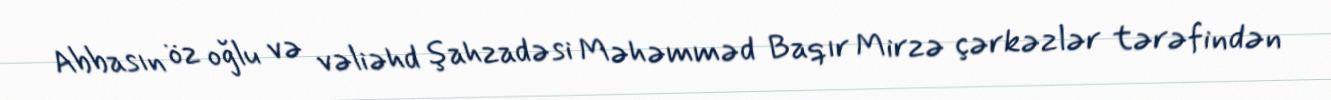
Abbasın öz oğlu və vəliəhd şahzadəsi Məhəmməd Baqır Mirzə çərkəzlər tərəfindən